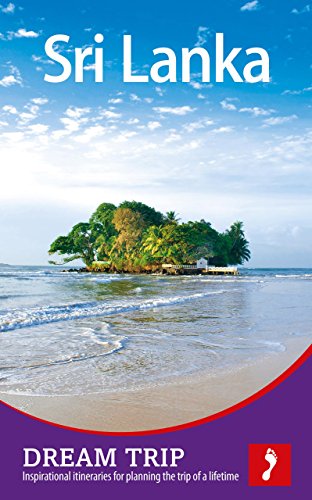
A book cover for Sri Lanka Footprint Dream Trip; Sara Chare; Travel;